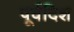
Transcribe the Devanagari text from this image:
पूर्वदिश